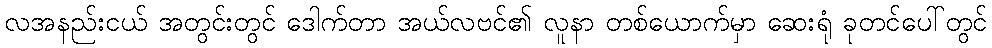
လအနည်းငယ် အတွင်းတွင် ဒေါက်တာ အယ်လဗင်၏ လူနာ တစ်ယောက်မှာ ဆေးရုံ ခုတင်ပေါ်တွင်